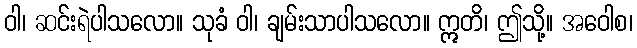
ဝါ၊ ဆင်းရဲပါသလော။ သုခံ ဝါ၊ ချမ်းသာပါသလော။ ဣတိ၊ ဤသို့။ အဝေါစ၊